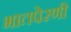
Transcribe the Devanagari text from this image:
भातपेरणी